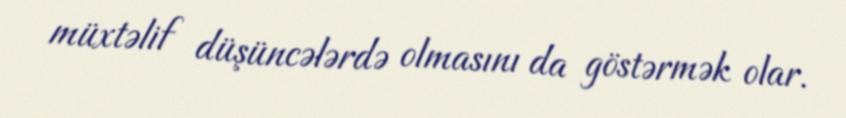
müxtəlif düşüncələrdə olmasını da göstərmək olar.